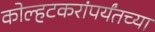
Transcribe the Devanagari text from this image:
कोल्हटकरांपर्यंतच्या